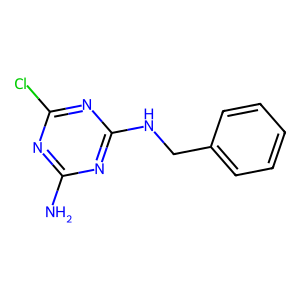
SMILES: Nc1nc(Cl)nc(NCc2ccccc2)n1
Inhibits HIV replication: No